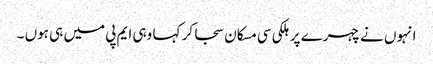
انہوں نے چہرے پر ہلکی سی مسکان سجا کر کہا وہی ایم پی میں ہی ہوں ۔